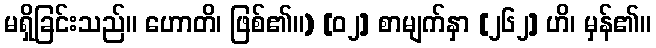
မရှိခြင်းသည်။ ဟောတိ၊ ဖြစ်၏။) [၀၂] စာမျက်နှာ [၂၆၂] ဟိ၊ မှန်၏။